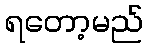
ရတော့မည်